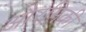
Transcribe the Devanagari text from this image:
औरमिकी